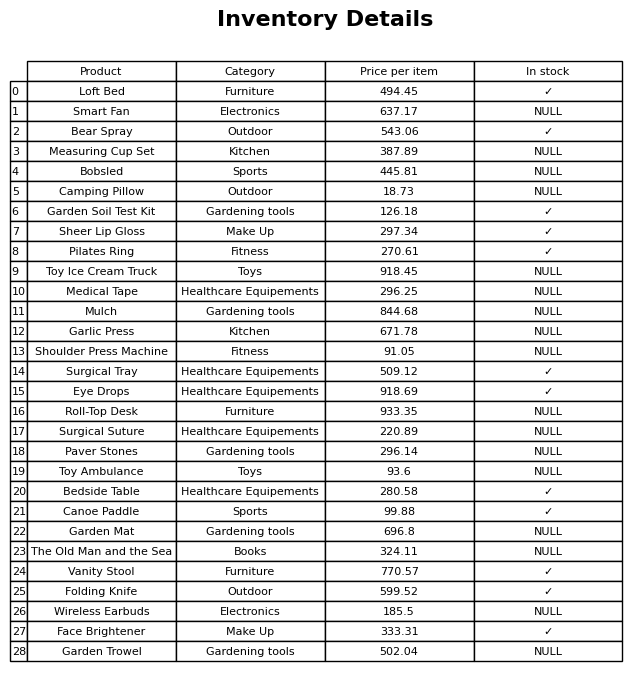
question: What is the price of the Camping Pillow?
answer: The price of Camping Pillow is 18.73.